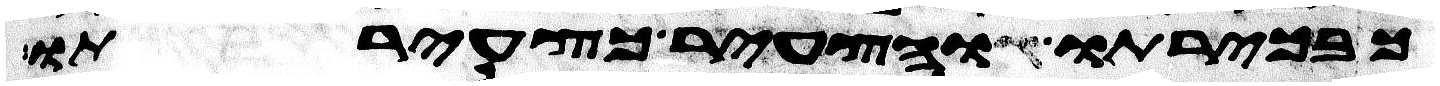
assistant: כבכירתו והצעיר כצעירתו